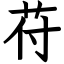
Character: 苻